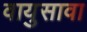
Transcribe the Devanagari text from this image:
वायुसावा